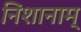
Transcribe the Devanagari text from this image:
निशानाम्